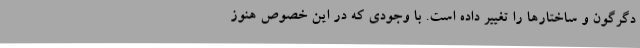
دگرگون و ساختارها را تغییر داده است. با وجودی که در این خصوص هنوز